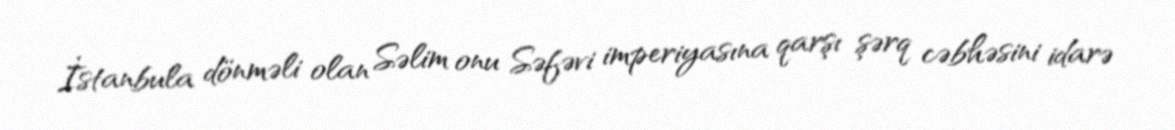
İstanbula dönməli olan Səlim onu Səfəvi imperiyasına qarşı şərq cəbhəsini idarə